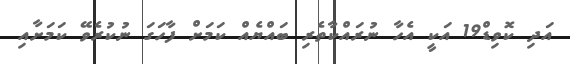
އަދި ކޮވިޑް19 އަކީ އެހާ ނުރައްކާތެރި ބައްޔެއް ކަމަށް ފާހަގަ ނުކުރެވޭ ކަމަށާއި